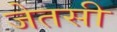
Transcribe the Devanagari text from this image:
जेतसी